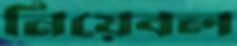
নিয়েবল